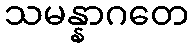
သမန္နာဂတေ